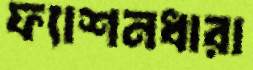
ফ্যাশনধারা